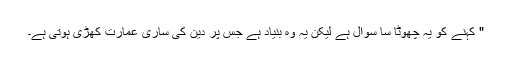
" کہنے کو یہ چھوٹا سا سوال ہے لیکن یہ وہ بنیاد ہے جس پر دین کی ساری عمارت کھڑی ہوتی ہے۔